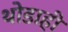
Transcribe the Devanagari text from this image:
थोडाही